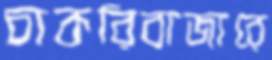
চাকরিবাজারে